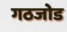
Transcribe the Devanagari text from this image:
गठजोड